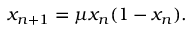
x _ { n + 1 } = \mu x _ { n } ( 1 - x _ { n } ) .